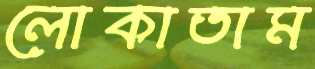
লোকাতাম